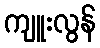
ကျူးလွန်